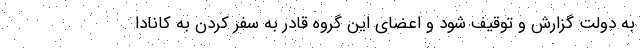
به دولت گزارش و توقیف شود و اعضای این گروه قادر به سفر کردن به کانادا